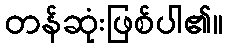
တန်ဆုံးဖြစ်ပါ၏။